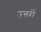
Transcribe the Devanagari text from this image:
उत्तर्री